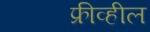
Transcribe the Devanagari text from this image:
फ्रीव्हील